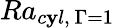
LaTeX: Ra_{c\mathbf{y}l,\ \Gamma=1}